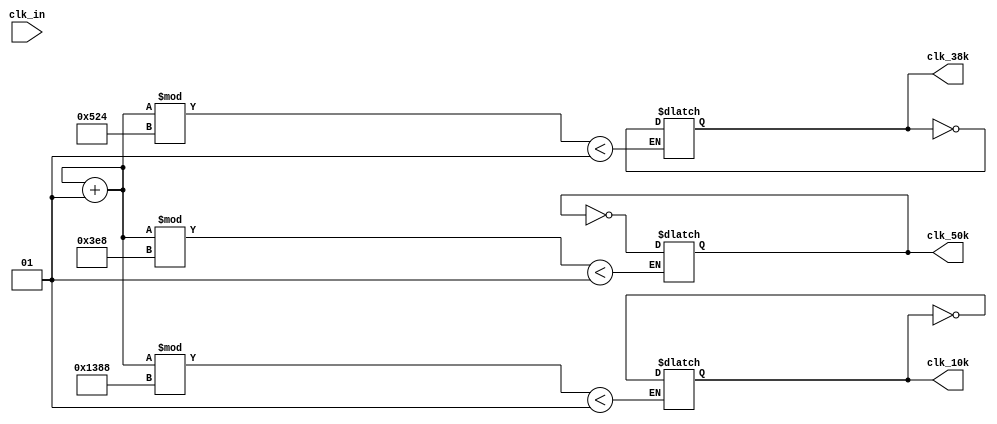
/*
===================================================================
Project Name    : 
File Name       : 3_1_1.v
Encoding        : UTF-8
Creation Date   : 2021/7/15
===================================================================
*/

`define F_IN  50e+6
`define F_10K 10e+3
`define F_50K 50e+3
`define F_38K 38e+3

module generate_clock(clk_in, clk_10k, clk_50k, clk_38k);
	input clk_in;
	output reg clk_10k = 1'b0, clk_50k = 1'b0, clk_38k = 1'b0;
	integer count = 1;

	always @(clk_in) begin
		if(count % (`F_IN / `F_10K) < 1) begin
			clk_10k <= ~clk_10k;
		end
		if(count % (`F_IN / `F_50K) < 1) begin
			clk_50k <= ~clk_50k;
		end
		if(count % (`F_IN / `F_38K) < 1) begin
			clk_38k <= ~clk_38k;
		end
		count = count + 1;
	end

endmodule